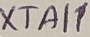
Text: XTAI1